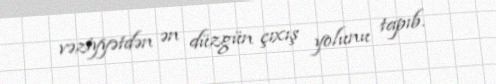
vəziyyətdən ən düzgün çıxış yolunu tapıb.